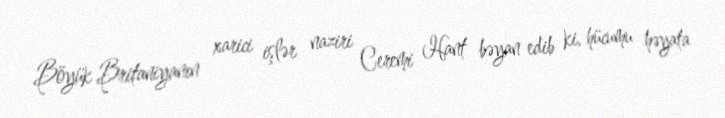
Böyük Britaniyanın xarici işlər naziri Ceremi Hant bəyan edib ki, hücumu həyata